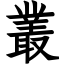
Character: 叢